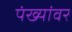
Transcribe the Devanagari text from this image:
पंख्यांवर